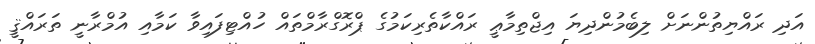
އަދި ރައްޔިތުންނަށް ލިބެމުންދިޔަ އިޖްތިމާޢީ ރައްކާތެރިކަމުގެ ޕްރޮގްރާމްތައް ހުއްޓިފައިވާ ކަމާއި އުމްރާނީ ތަރައްޤީ